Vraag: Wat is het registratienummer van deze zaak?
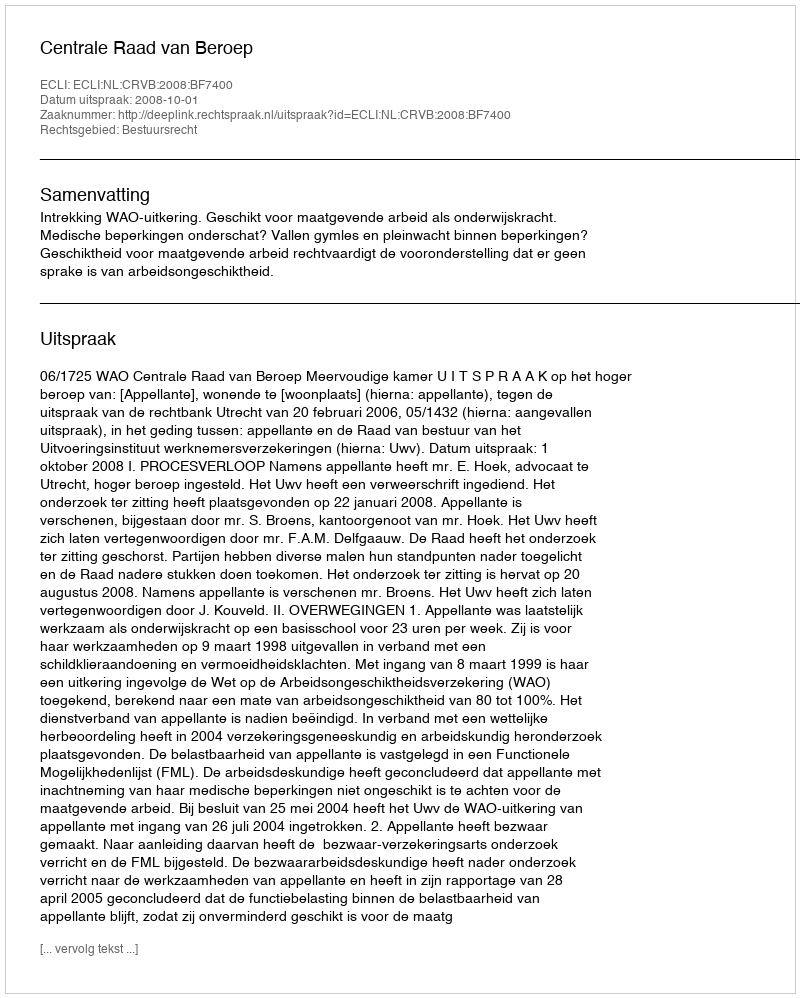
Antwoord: http://deeplink.rechtspraak.nl/uitspraak?id=ECLI:NL:CRVB:2008:BF7400